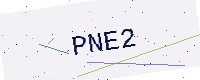
Text: PNE2